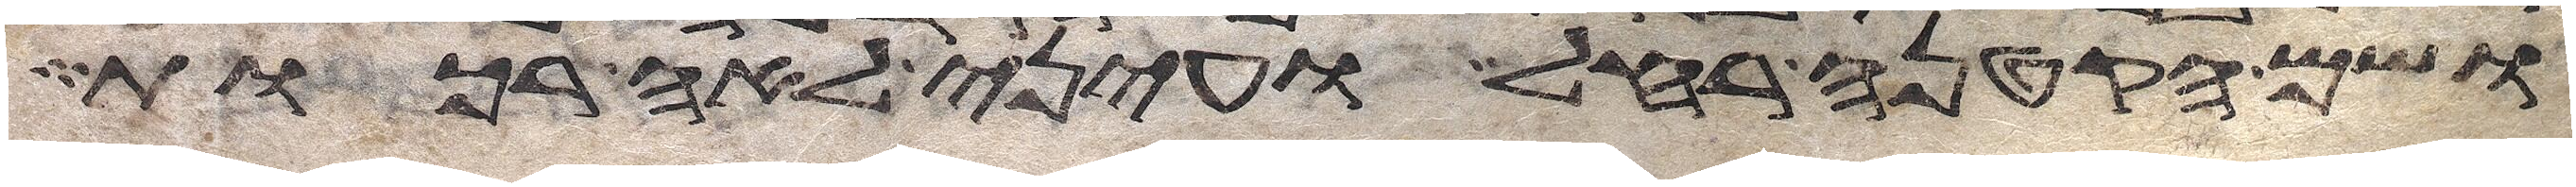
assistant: ושם הקטנה רחל ועיני לאה רכות